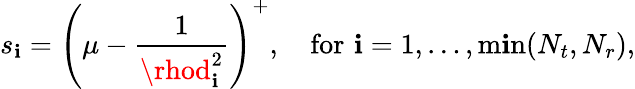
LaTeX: s_{\mathbf{i}}=\left(\mu-{\frac{{1}}{{\rhod_{\mathbf{i}}^{2}}}}\right)^{+},\quad{\textrm{{for}}}\, \, \mathbf{i}=1,\ldots,\operatorname*{m\mathbf{i}n}(N_{t},N_{r}),